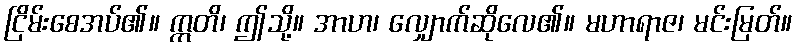
ငြိမ်းစေအပ်၏။ ဣတိ၊ ဤသို့။ အာဟ၊ လျှောက်ဆိုလေ၏။ မဟာရာဇ၊ မင်းမြတ်။